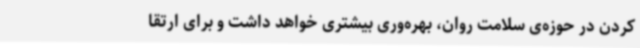
کردن در حوزه‌ی سلامت روان، بهره‌وری بیشتری خواهد داشت و برای ارتقا